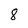
Character: 8